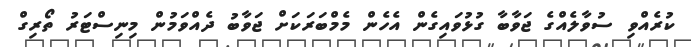
ކުރެއްވި ސުވާލެއްގެ ޖަވާބާ ގުޅުވައިގެން އެހެން މެމްބަރަކަށް ޖަވާބު ދެއްވަމުން މިނިސްޓަރު ތޯރިގް